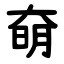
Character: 奛